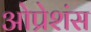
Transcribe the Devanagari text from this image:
ओप्रेशंस